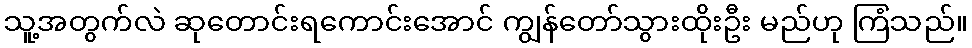
သူ့အတွက်လဲ ဆုတောင်းရကောင်းအောင် ကျွန်တော်သွားထိုးဦး မည်ဟု ကြံသည်။